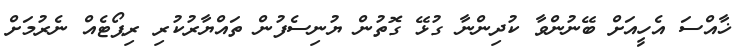
ޚާއްސަ އެހީއަށް ބޭނުންވާ ކުދިންނާ ގުޅޭ ގޮތުން ޔުނިސެފުން ތައްޔާރުކުރި ރިޕޯޓެއް ނެރުމަށް